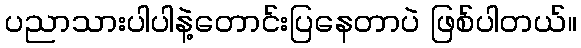
ပညာသားပါပါနဲ့တောင်းပြနေတာပဲ ဖြစ်ပါတယ်။